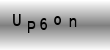
Text: Up6on